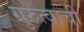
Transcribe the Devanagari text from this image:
ग्रुरुत्वाची